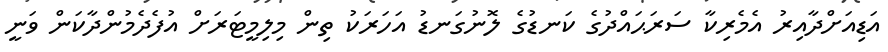
އަޑިއަށްދާއިރު އެމެރިކާ ސަރަޙައްދުގެ ކަނޑުގެ ލޮނުގަނޑު އަހަރަކު ތިން މިލިމީޓަރަށް އުފެދެމުންދާކަން ވަނީ